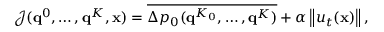
\mathcal { J } ( \mathbf { q } ^ { 0 } , \dots , \mathbf { q } ^ { K } , \ensuremath { \mathbf { x } } ) = \overline { { \Delta p _ { 0 } ( \mathbf { q } ^ { K _ { 0 } } , \dots , \mathbf { q } ^ { K } ) } } + \alpha \left\| u _ { t } ( \ensuremath { \mathbf { x } } ) \right\| ,